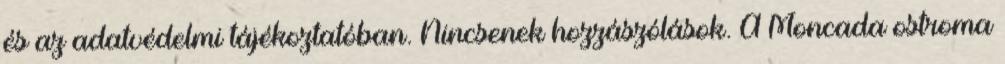
és az adatvédelmi tájékoztatóban. Nincsenek hozzászólások. A Moncada ostroma